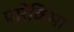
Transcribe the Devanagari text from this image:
पारेंकिमा